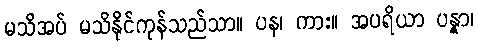
မသိအပ် မသိနိုင်ကုန်သည်သာ။ ပန၊ ကား။ အပရိယာ ပန္နာ၊